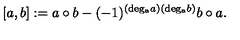
[ a , b ] : = a \circ b - ( - 1 ) ^ { ( \mathrm { d e g _ { a } } a ) ( \mathrm { d e g _ { a } } b ) } b \circ a .